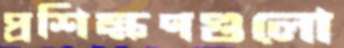
প্রশিক্ষণগুলো